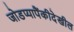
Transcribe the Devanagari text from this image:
जोडप्यापैंकीदेखील